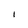
Character: I